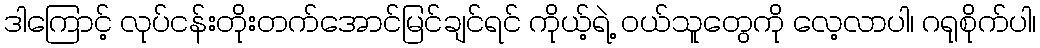
ဒါကြောင့် လုပ်ငန်းတိုးတက်အောင်မြင်ချင်ရင် ကိုယ့်ရဲ့ ဝယ်သူတွေကို လေ့လာပါ၊ ဂရုစိုက်ပါ၊